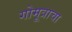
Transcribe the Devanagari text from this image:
गोमूत्राचा